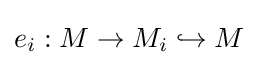
e_{i}:M\to M_{i}\hookrightarrow M